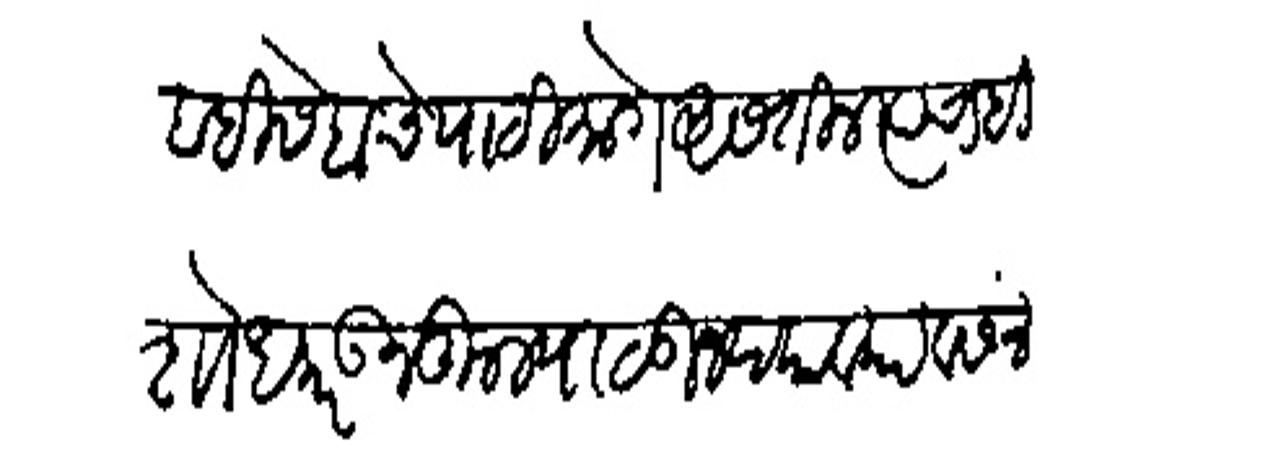
Transliteration (Devanagari): व हिसेबाचे पाठीमागे असतील त्याचाहि शोध करऊन कुल पाठऊन द्याव्या व संन